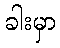
ခါးမှာ